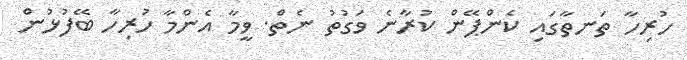
ހުރިހާ ތަނތާގައި ކެންޕޭން ކުރާނެ ވަގުތު ނެތް. ވީމާ އެންމާ ހުރިހާ ބޭފުޅުން